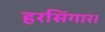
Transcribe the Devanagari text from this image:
हरसिंगार।